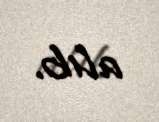
alıb.